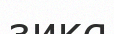
зика